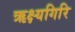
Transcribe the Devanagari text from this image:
ऋक्ष्यगिरि